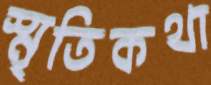
স্মৃতিকথা